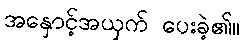
အနှောင့်အယှက် ပေးခဲ့၏။